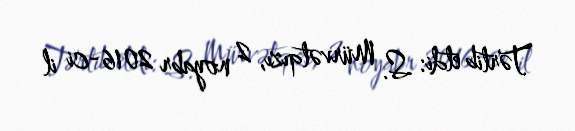
Tərtib etdi: S. Mürvətqızı, 2 noyabr 2016-ci il